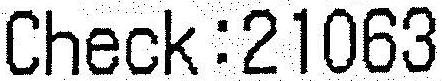
CHECK:21063